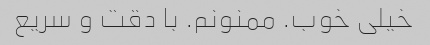
خیلی خوب. ممنونم. با دقت و سریع